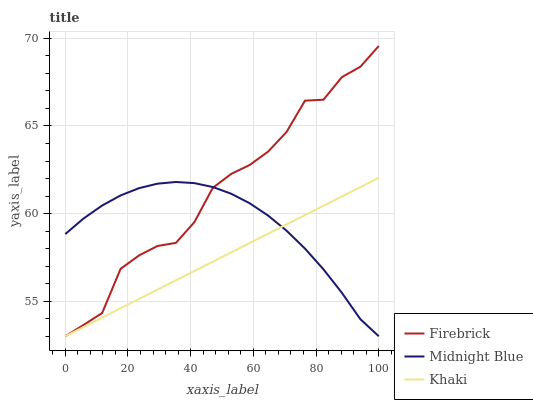
| xaxis_label | Firebrick | Midnight Blue | Khaki |
 | --- | --- | --- | --- |
 | 0 | 53 | 58.8 | 53 |
 | 5.88 | 53.7 | 59.7 | 53.5 |
 | 11.8 | 54.3 | 60.5 | 54.1 |
 | 17.6 | 56.8 | 61 | 54.6 |
 | 23.5 | 57.6 | 61.5 | 55.1 |
 | 29.4 | 58.2 | 61.7 | 55.7 |
 | 35.3 | 58.3 | 61.8 | 56.2 |
 | 41.2 | 59.5 | 61.7 | 56.7 |
 | 47.1 | 61.5 | 61.5 | 57.3 |
 | 52.9 | 62.3 | 61.1 | 57.8 |
 | 58.8 | 62.8 | 60.6 | 58.3 |
 | 64.7 | 63.5 | 59.9 | 58.9 |
 | 70.6 | 64.7 | 59 | 59.4 |
 | 76.5 | 66.4 | 58 | 59.9 |
 | 82.4 | 66.5 | 56.8 | 60.4 |
 | 88.2 | 67.8 | 55.5 | 61 |
 | 94.1 | 68.4 | 54 | 61.5 |
 | 100 | 69.6 | 53 | 62 |